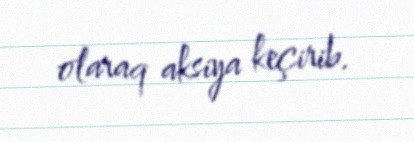
olaraq aksiya keçirib.